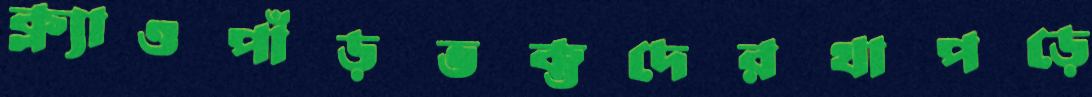
ক্ল্যাওপাঁড়ভক্তদেরথাপড়ে